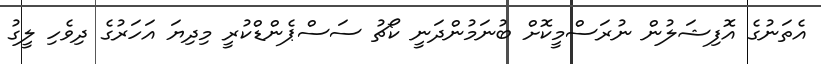
އެތަނުގެ އޮފިޝަލުން ނުރަސްމީކޮށް ބުނަމުންދަނީ ކޯޗު ސަސްޕެންޑްކުރީ މިދިޔަ އަހަރުގެ ދިވެހި ލީގު